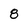
Character: 8